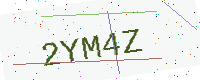
Text: 2YM4Z